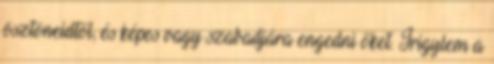
ösztöneidtől, és képes vagy szabadjára engedni őket. Irigylem a